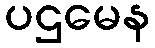
ပဌမေန